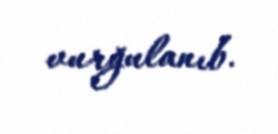
vurğulanıb.